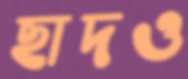
ছাদও